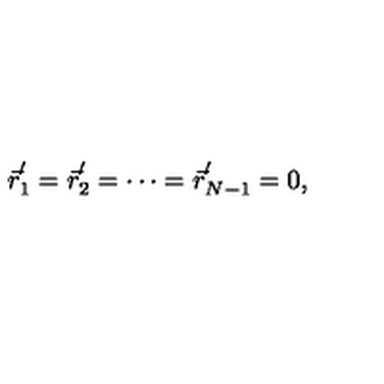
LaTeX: \vec { r } _ { 1 } ^ { ^ { \prime } } = \vec { r } _ { 2 } ^ { ^ { \prime } } = \cdots = \vec { r } _ { N - 1 } ^ { ^ { \prime } } = 0 ,